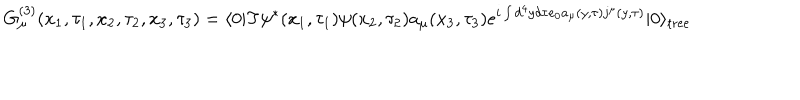
LaTeX: G _ { \mu } ^ { ( 3 ) } ( x _ { 1 } , \tau _ { 1 } , x _ { 2 } , \tau _ { 2 } , x _ { 3 } , \tau _ { 3 } ) = \langle 0 | \mathrm { T } \psi ^ { * } ( x _ { 1 } , \tau _ { 1 } ) \psi ( x _ { 2 } , \tau _ { 2 } ) a _ { \mu } ( x _ { 3 } , \tau _ { 3 } ) e ^ { i \int d ^ { 4 } y d \tau e _ { 0 } a _ { \mu } ( y , \tau ) j ^ { \mu } ( y , \tau ) } | 0 \rangle _ { \mathrm { t r e e } }